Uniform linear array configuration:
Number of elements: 32
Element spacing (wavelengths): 0.25
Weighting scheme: exponential
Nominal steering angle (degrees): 30
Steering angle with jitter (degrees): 32.0
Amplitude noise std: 0.05
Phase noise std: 0.05

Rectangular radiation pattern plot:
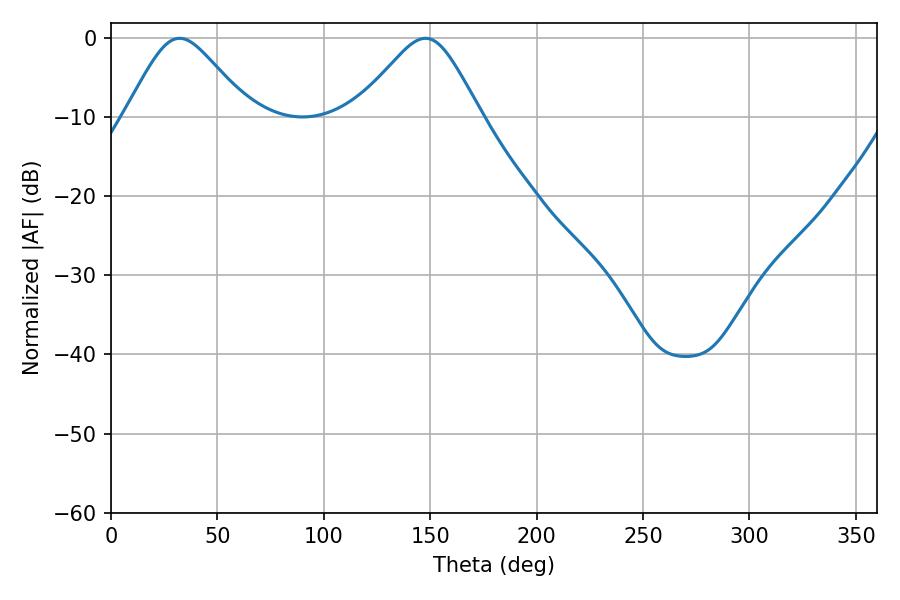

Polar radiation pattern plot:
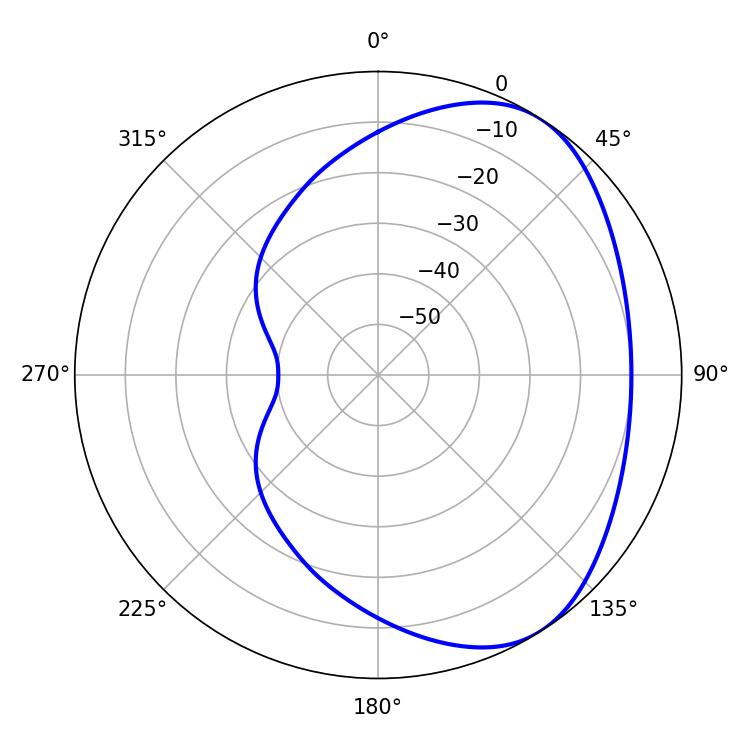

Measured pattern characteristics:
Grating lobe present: FALSE
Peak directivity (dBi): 4.501
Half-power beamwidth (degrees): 28.26
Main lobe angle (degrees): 32.22